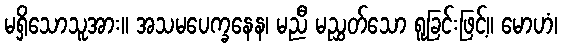
မရှိသောသူအား။ အသမပေက္ခနေန၊ မညီ မညွှတ်သော ရူခြင်းဖြင့်။ မောဟံ၊